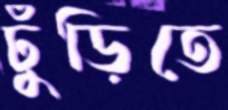
ঢুঁড়িতে